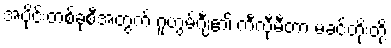
အပိုင်းတစ်ခုစီအတွက် ဂူဟွမ်ဂျီ၏ ကီလီုမီတာ မခင်တိုးတို့